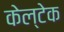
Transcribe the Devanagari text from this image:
केल्टेक